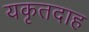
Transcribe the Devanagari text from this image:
यकृतदाह